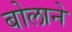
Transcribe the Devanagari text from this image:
बोलाने